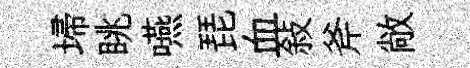
埽眺嚥琵血敍斧敞